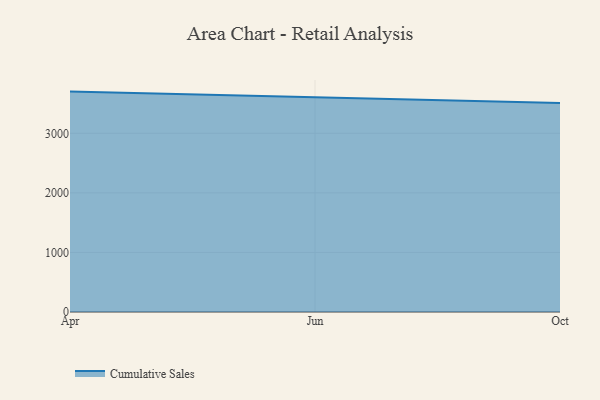
{"axis": {"x": "Month", "y": "Energy Usage (MWh)"}, "legend": ["Cumulative Sales"], "data": [{"x": "Apr", "y": 3700.2, "type": "Cumulative Sales"}, {"x": "Jun", "y": 3603.7, "type": "Cumulative Sales"}, {"x": "Oct", "y": 3510.6, "type": "Cumulative Sales"}]}